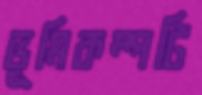
ভূমিকম্পটি